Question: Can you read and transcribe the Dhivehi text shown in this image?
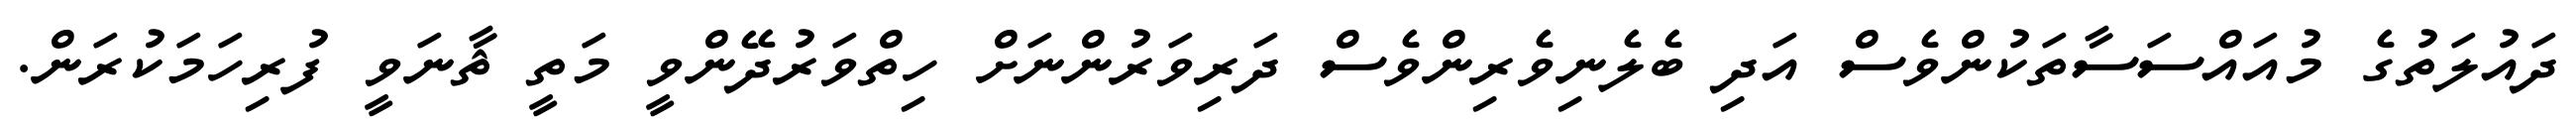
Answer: ދައުލަތުގެ މުއައްސަސާތަކުންވެސް އަދި ބެލެނިވެރިންވެސް ދަރިވަރުންނަށް ހިތްވަރުދޭންވީ މަތީ ޘާނަވީ ފުރިހަމަކުރަން.